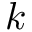
\ensuremath { \boldsymbol { k } }